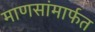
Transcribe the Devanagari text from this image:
माणसांमार्फत